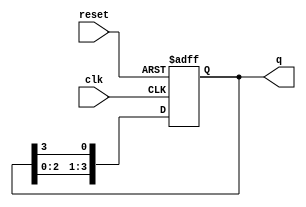
module bistable_ring_counter #(
    parameter N = 4  // Number of flip-flops (adjust as needed)
)(
    input wire clk,     // Clock input
    input wire reset,   // Asynchronous reset input
    output reg [N-1:0] q // Output for the ring counter
);

    // On reset, initialize the counter state
    always @(posedge clk or posedge reset) begin
        if (reset) begin
            q <= 1'b1 << (N-1); // Set initial state to 1000...0 (only one '1' positioned at the highest bit)
        end else begin
            q <= {q[N-2:0], q[N-1]}; // Shift right and loop the last bit to the first position
        end
    end

endmodule